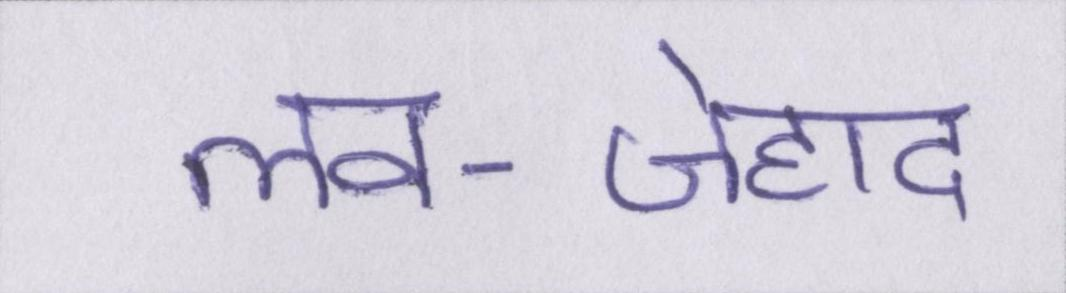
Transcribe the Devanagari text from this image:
लव-जेहाद